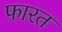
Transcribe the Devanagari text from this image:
फारत